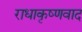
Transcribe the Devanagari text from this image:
राधाकृष्णवाद